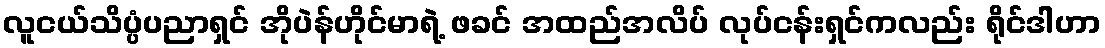
လူငယ်သိပ္ပံပညာရှင် အိုပဲန်ဟိုင်မာရဲ့ ဖခင် အထည်အလိပ် လုပ်ငန်းရှင်ကလည်း ရိုင်ဒါဟာ